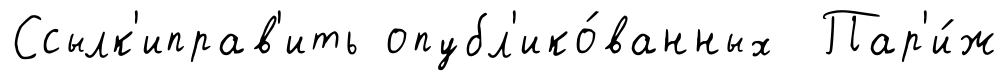
Ссылк'иправ'ить опубл'ико́ванных Пар'и́ж